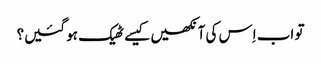
‏ تو اب اِس کی آنکھیں کیسے ٹھیک ہو گئیں؟